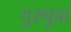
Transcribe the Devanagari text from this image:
गुरुपुत्रा